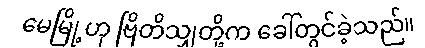
မေမြို့ဟု ဗြိတိသျှတို့က ခေါ်တွင်ခဲ့သည်။